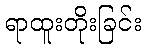
ရာထူးတိုးခြင်း